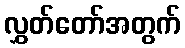
လွှတ်တော်အတွက်